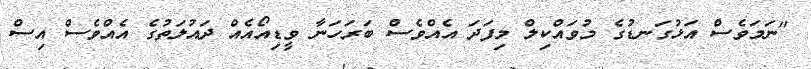
"ނަމަވެސް އަޅުގަނޑުގެ މުވައްކިލް މިފަދަ އެއްވެސް ބަރަހަނާ ވީޑިއޯއެއް ދައުލަތުގެ އެއްވެސް އިސް